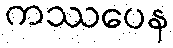
ကဿပေန